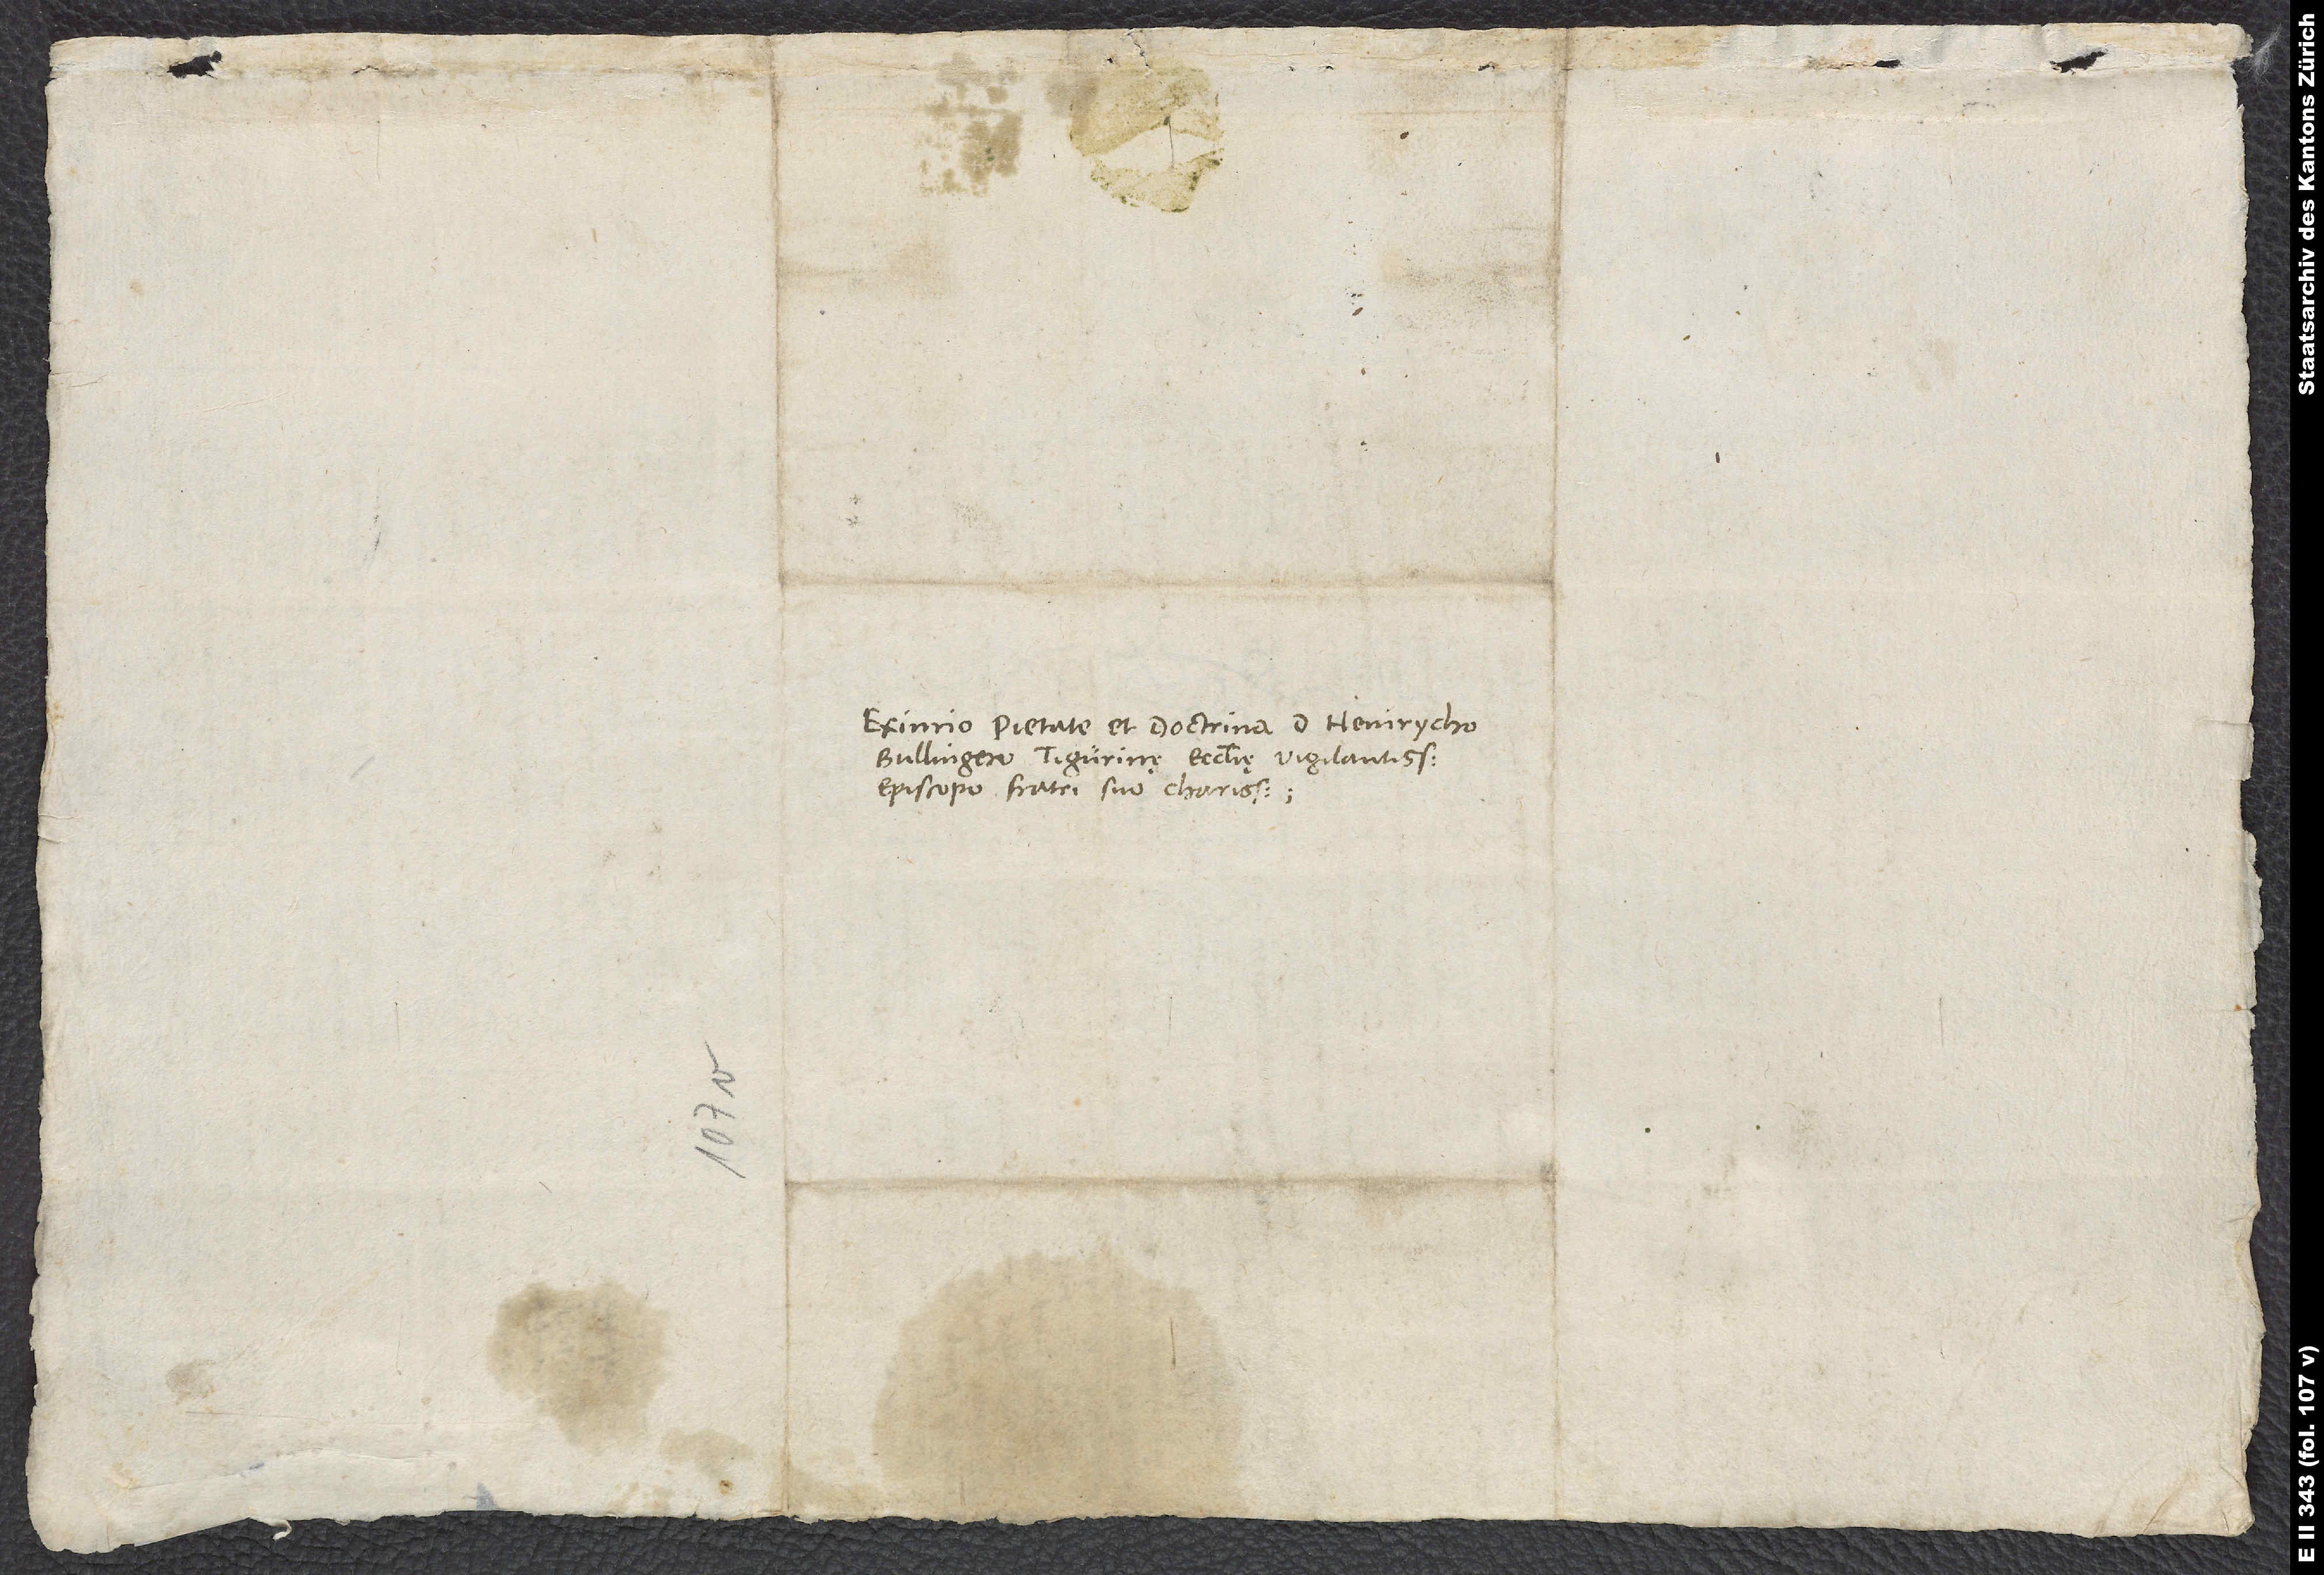
Eximio pietate et doctrina d. Heinrycho
Bullingero, Tigurinę ecclesię vigilantissimo
episcopo, fratri suo charissimo.